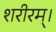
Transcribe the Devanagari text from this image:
शरीरम्।